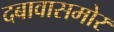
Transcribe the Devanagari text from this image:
दबावासमोर